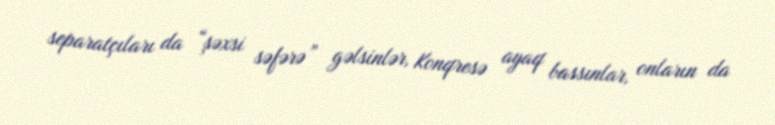
separatçıları da “şəxsi səfərə” gəlsinlər, Konqresə ayaq bassınlar, onların da